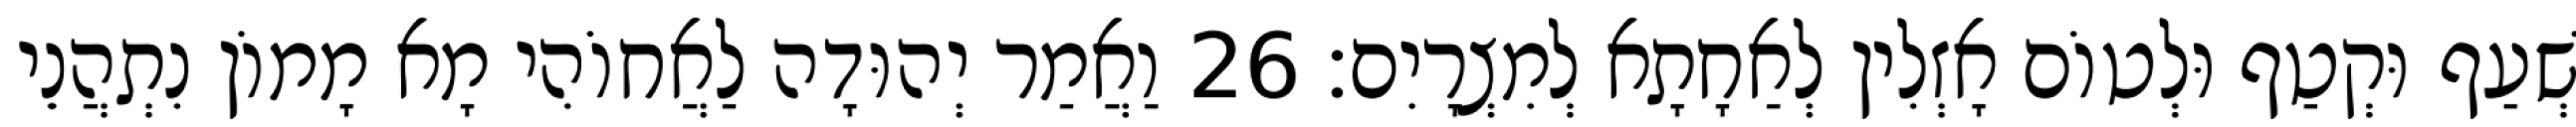
שְׁעַף וּקְטַף וּלְטוֹם אָזְלִין לְאַחָתָא לְמִצְרָיִם׃ 26 וַאֲמַר יְהוּדָה לַאֲחוֹהִי מָא מָמוֹן נִתְהֲנֵי